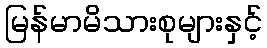
မြန်မာမိသားစုများနှင့်